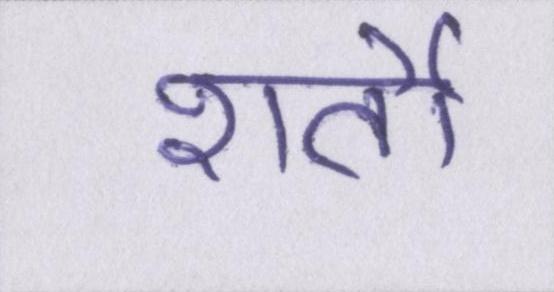
शर्तो